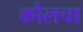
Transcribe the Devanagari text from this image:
कोलचा